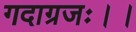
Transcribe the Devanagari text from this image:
गदाग्रजः।।